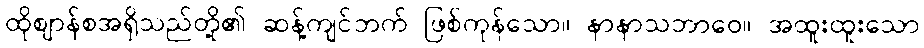
ထိုဈာန်စအရှိသည်တို့၏ ဆန့်ကျင်ဘက် ဖြစ်ကုန်သော။ နာနာသဘာဝေ။ အထူးထူးသော